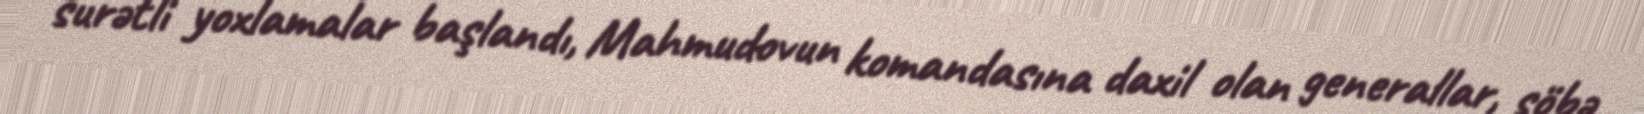
surətli yoxlamalar başlandı, Mahmudovun komandasına daxil olan generallar, şöbə